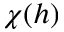
\chi ( h )